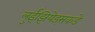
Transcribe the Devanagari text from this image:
लुईझियेड्सकडे